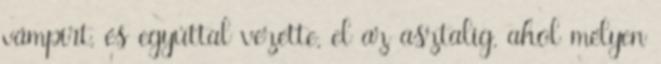
vámpírt, és egyúttal vezette, el az asztalig, ahol mélyen